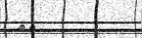
٢٥